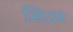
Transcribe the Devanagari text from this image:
सिउर